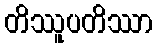
တိဿူပတိဿာ